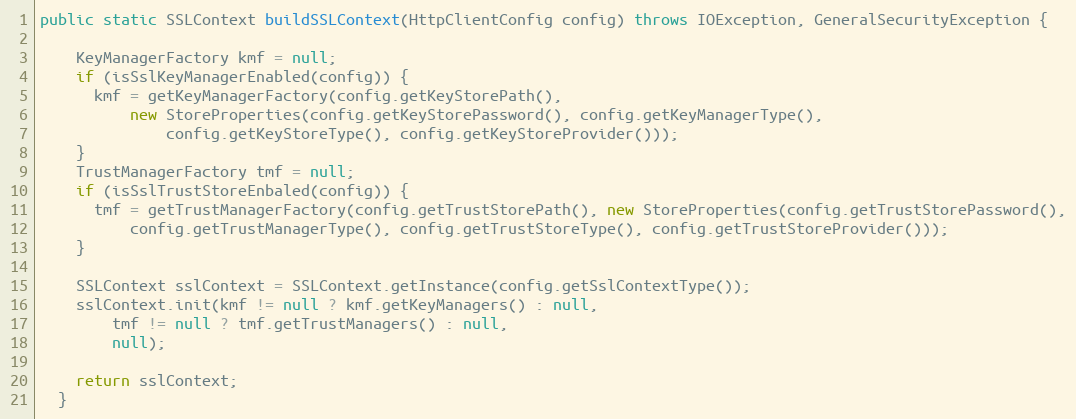
Language: Java
public static SSLContext buildSSLContext(HttpClientConfig config) throws IOException, GeneralSecurityException {

    KeyManagerFactory kmf = null;
    if (isSslKeyManagerEnabled(config)) {
      kmf = getKeyManagerFactory(config.getKeyStorePath(),
          new StoreProperties(config.getKeyStorePassword(), config.getKeyManagerType(),
              config.getKeyStoreType(), config.getKeyStoreProvider()));
    }
    TrustManagerFactory tmf = null;
    if (isSslTrustStoreEnbaled(config)) {
      tmf = getTrustManagerFactory(config.getTrustStorePath(), new StoreProperties(config.getTrustStorePassword(),
          config.getTrustManagerType(), config.getTrustStoreType(), config.getTrustStoreProvider()));
    }

    SSLContext sslContext = SSLContext.getInstance(config.getSslContextType());
    sslContext.init(kmf != null ? kmf.getKeyManagers() : null,
        tmf != null ? tmf.getTrustManagers() : null,
        null);

    return sslContext;
  }